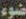
ضوء